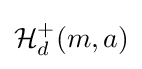
{\mathcal {H}}_{d}^{+}(m,a)